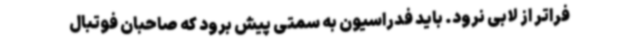
فراتر از لابی نرود. باید فدراسیون به سمتی پیش برود که صاحبان فوتبال